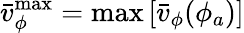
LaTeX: \bar{v}_{\phi}^{\operatorname*{max}}=\operatorname*{max}\left[\bar{v}_{\phi}(\phi_{a})\right]